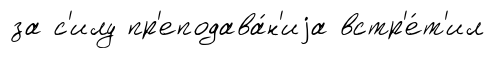
за с'илу пр'еподава́н'иjа встр'е́т'ил